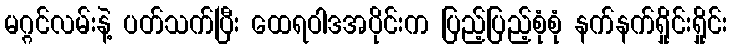
မဂ္ဂင်လမ်းနဲ့ ပတ်သက်ပြီး ထေရဝါဒအပိုင်းက ပြည့်ပြည့်စုံစုံ နက်နက်ရှိုင်းရှိုင်း